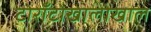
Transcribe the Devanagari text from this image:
टोराँटोखालोखाल